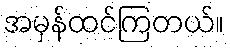
အမှန်ထင်ကြတယ်။